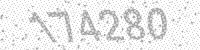
Solution: 174280